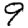
Digit: 9